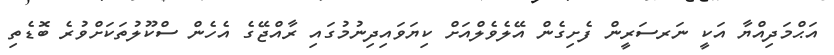
އަޙްމަދިއްޔާ އަކީ ނަރސަރީން ފެށިގެން އޭލެވެލްއަށް ކިޔަވައިދިނުމުގައި ރާއްޖޭގެ އެހެން ސްކޫލުތަކަށްވުރެ ބޮޑެތި